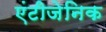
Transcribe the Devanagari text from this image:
एंटीजेनिक